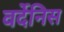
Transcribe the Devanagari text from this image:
वर्देनिस